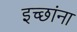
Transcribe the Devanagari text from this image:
इच्छांना